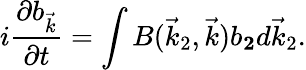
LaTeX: i\frac{\partial b_{\vec{k}}}{\partial t}=\int B(\vec{k}_{2},\vec{k})b_{\mathbf 2}d\vec{k}_{2}.